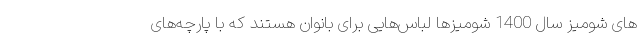
های شومیز سال 1400 شومیزها لباس‌هایی برای بانوان هستند که با پارچه‌های